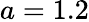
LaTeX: a=1.2